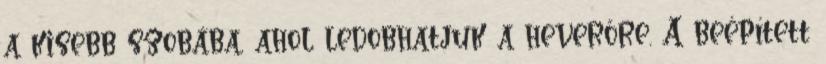
a kisebb szobába, ahol ledobhatjuk a heverőre. A beépített